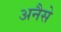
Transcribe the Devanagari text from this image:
अनैसे